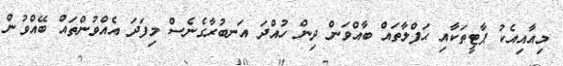
މިއާއިއެކު ޕާޓީތަކާއި ޙަފްލާތައް ބާއްވަން ދިން ހުއްދަ އަނބުރާގެނެސް މިފަދަ އެއްވުންތައް ބޭއްވުން